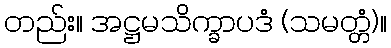
တည်း။ အဋ္ဌမသိက္ခာပဒံ (သမတ္တံ)။